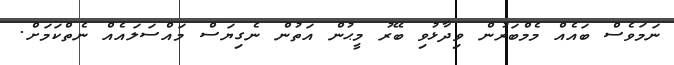
ނަމަވެސް ބައެއް މެމްބަރުން ވިދާޅުވި ބޭރު މީޙުން އަތުން ނެގިޔަސް މައްސަލައެއް ނެތްކަމަށް.